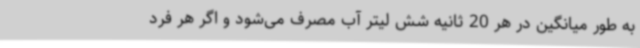
به طور میانگین در هر 20 ثانیه شش لیتر آب مصرف می‌شود و اگر هر فرد